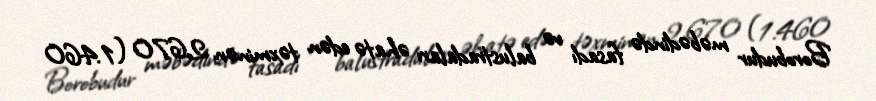
Borobudur məbədində fasadı və balustradaları əhatə edən təxminən 2,670 (1.460